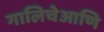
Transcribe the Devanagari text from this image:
गालिचेआणि